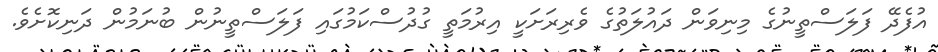
އުފެދޭ ފަލަސްތީނުގެ މިނިވަން ދައުލަތުގެ ވެރިރަށަކީ އިރުމަތީ ގުދުސްކަމުގައި ފަލަސްތީނުން ބުނަމުން ދަނިކޮށެވެ.